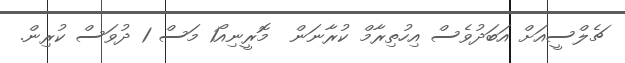
ޗެލްސީއަށް އަބަދުވެސް އިހުތިރާމް ކުރާނަން  މޮރީނިއޯ1 މަސް 1 ދުވަސް ކުރިން.